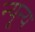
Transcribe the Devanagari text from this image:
न्यून्य